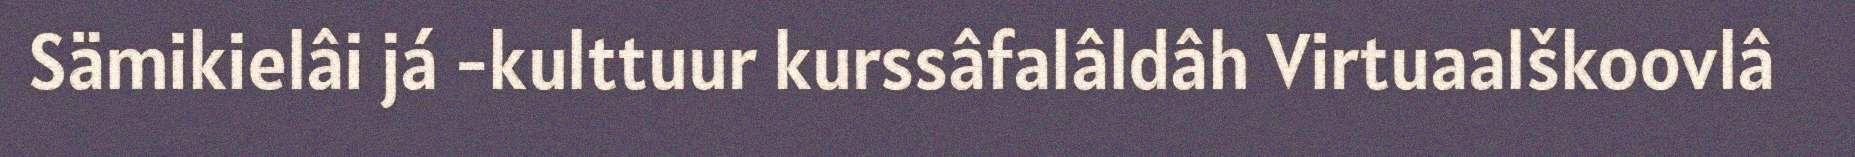
Sämikielâi já -kulttuur kurssâfalâldâh Virtuaalškoovlâ